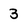
Character: 3